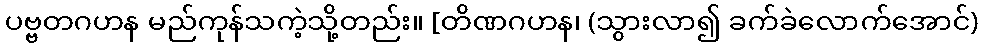
ပဗ္ဗတဂဟန မည်ကုန်သကဲ့သို့တည်း။ [တိဏဂဟန၊ (သွားလာ၍ ခက်ခဲလောက်အောင်)